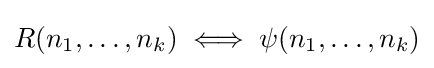
R(n_{1},\ldots ,n_{k})\iff \psi (n_{1},\ldots ,n_{k})